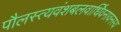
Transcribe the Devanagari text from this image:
पौलस्त्यवंशबलवार्धिवनावनस्य